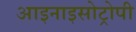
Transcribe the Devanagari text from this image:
आइनाइसोट्रोपी